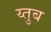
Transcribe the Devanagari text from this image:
य्तुब